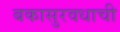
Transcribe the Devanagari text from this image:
बकासुरवधाची